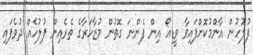
ފުލުހުން އާންމުކޮށްފައިވާ ވީޑިއޯ އިން ފެންނަ ގޮތުން މުޒާހަރާގެ ތެރެއިން ފުލުހެއް ދުވެފައި